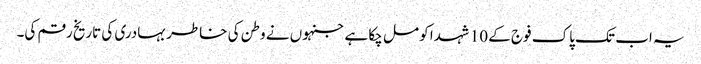
یہ اب تک پاک فوج کے 10 شہدا کو مل چکا ہے جنہوں نے وطن کی خاطر بہادری کی تاریخ رقم کی۔